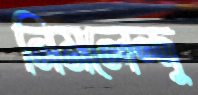
নিমলেন্দু